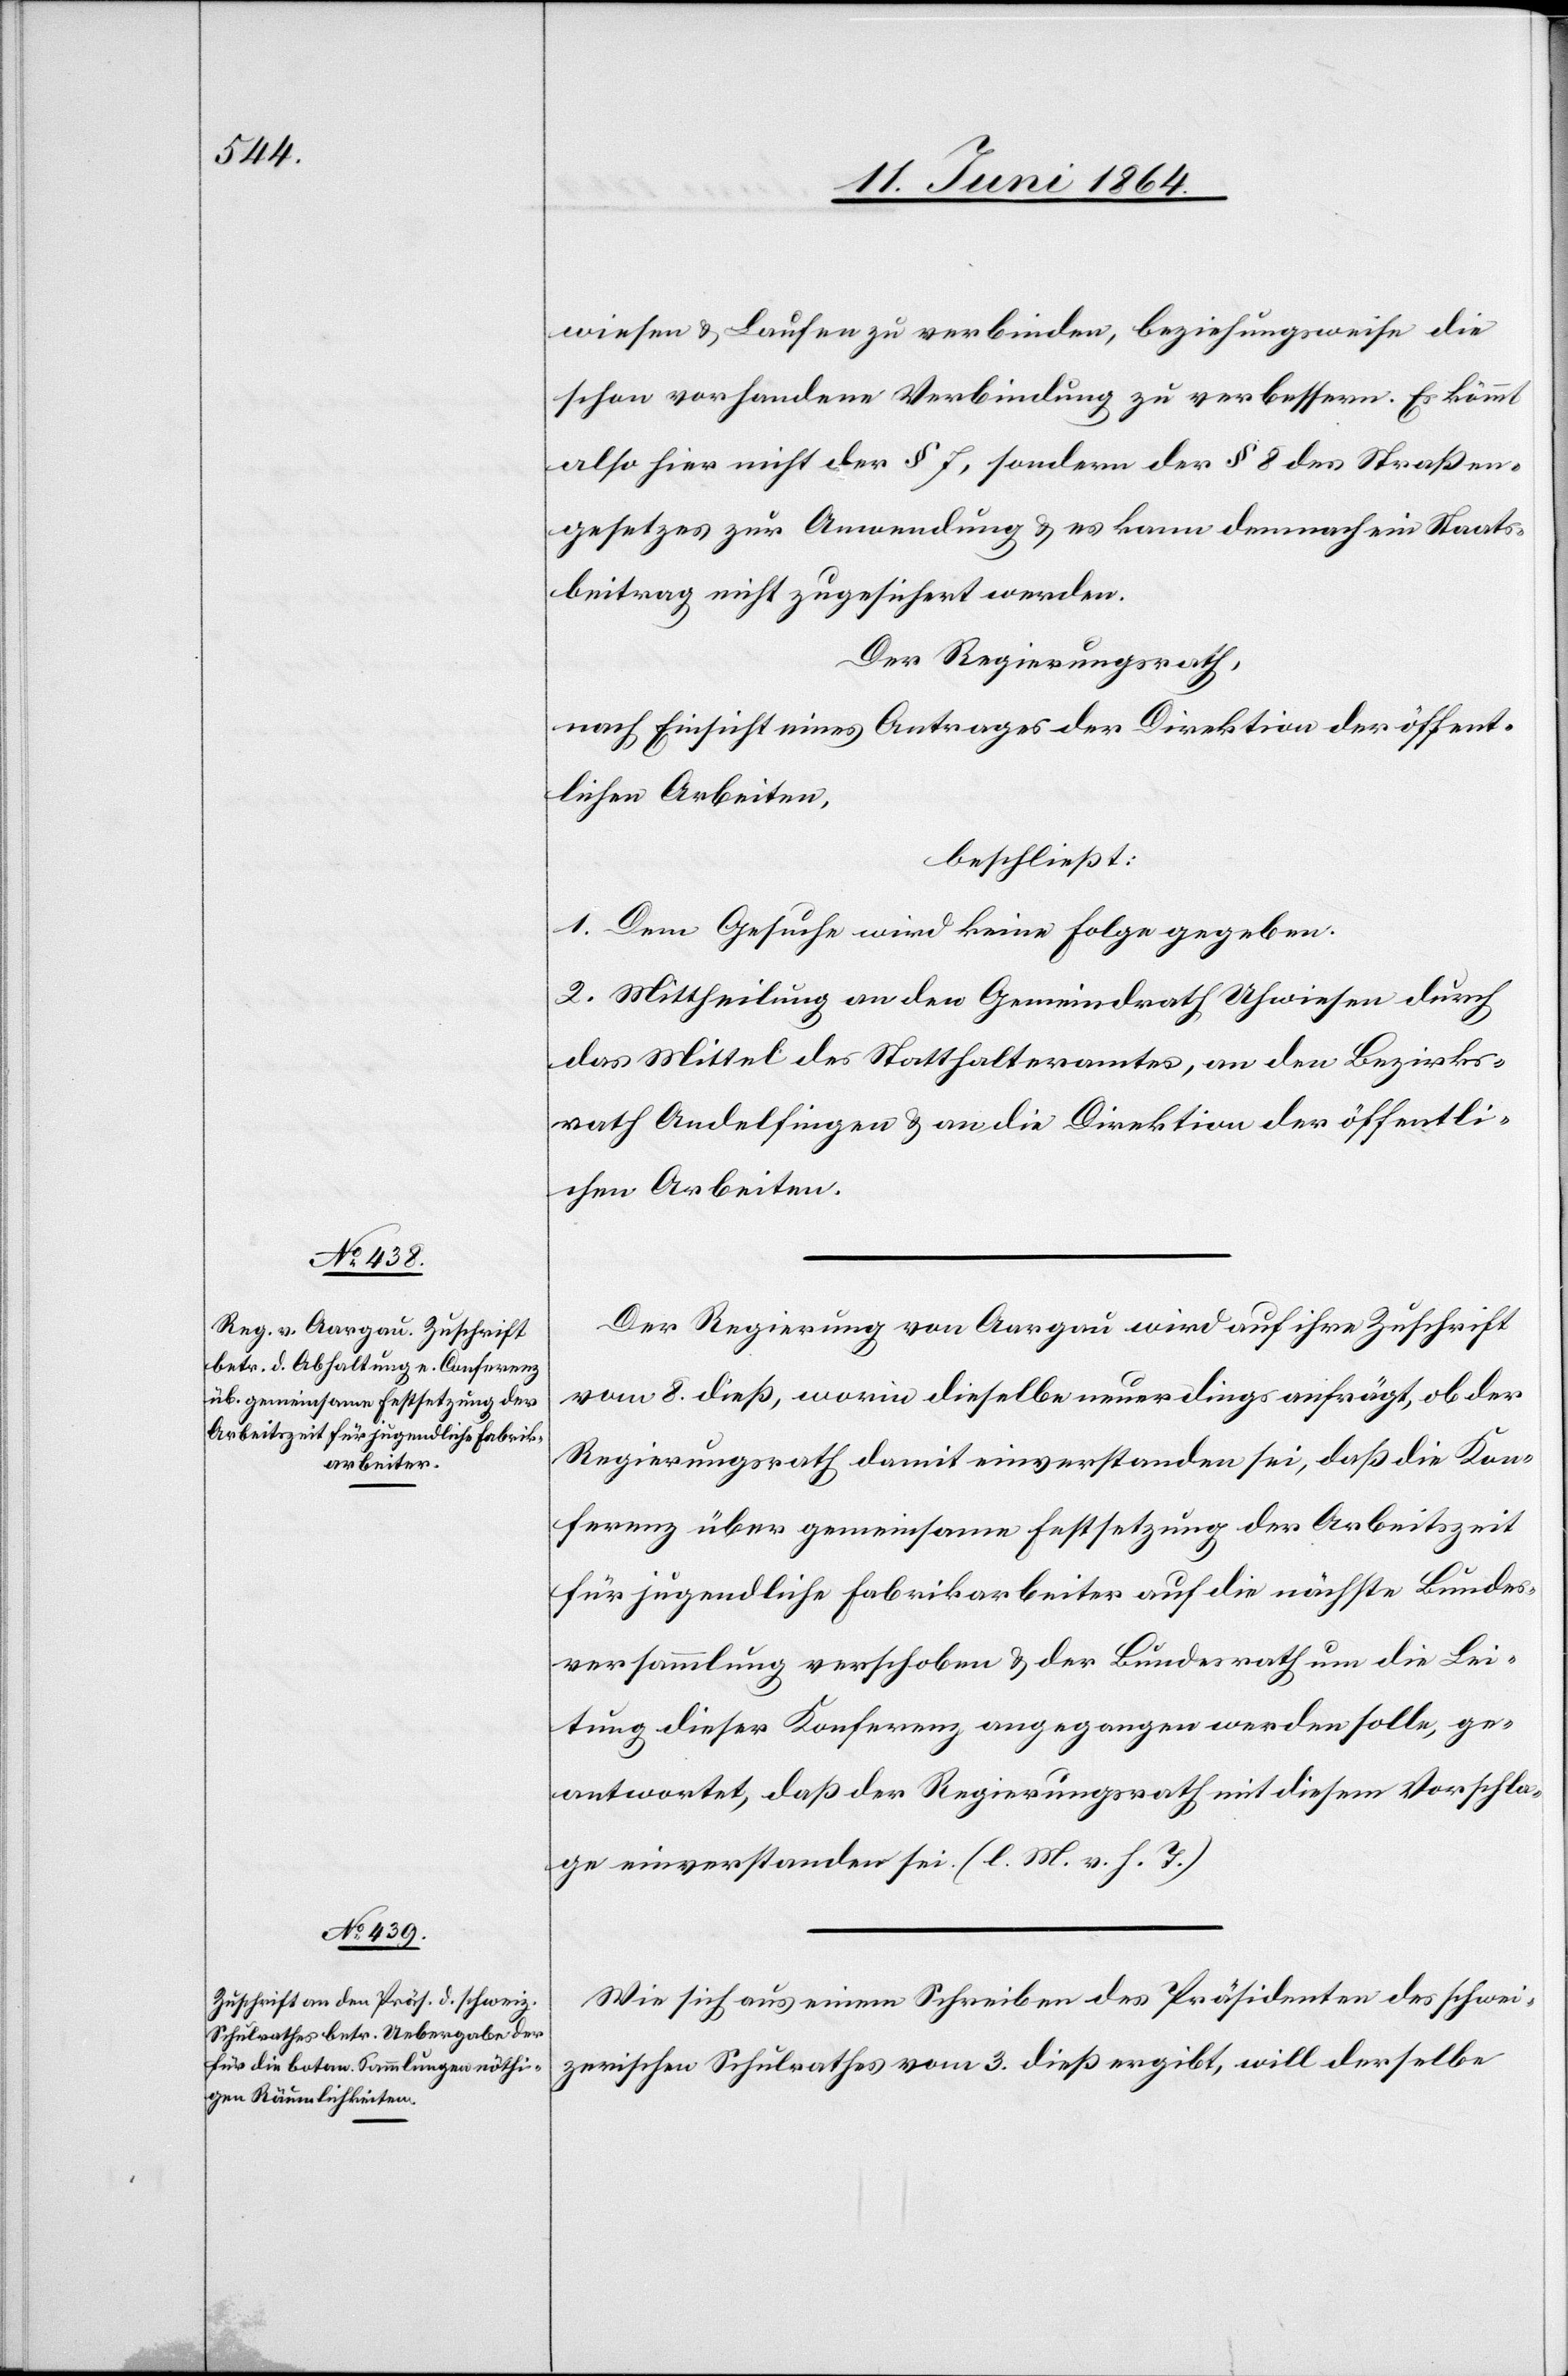
wiesen u. Laufen zu verbinden, beziehungsweise die
schon vorhandene Verbindung zu verbessern. Es kömmt
also hier nicht der § 7, sondern der § 8 des Straßen¬
gesetzes zur Anwendung u. es kann demnach ein Staats¬
beitrag nicht zugesichert werden.
Der Regierungsrath,
nach Einsicht eines Antrages der Direktion der öffent¬
lichen Arbeiten,
beschließt:
1. Dem Gesuche wird keine Folge gegeben.
2. Mittheilung an den Gemeindrath Uhwiesen durch
das Mittel des Statthalteramtes, an den Bezirks¬
rath Andelfingen u. an die Direktion der öffentli¬
chen Arbeiten.
Der Regierung von Aargau wird auf ihre Zuschrift
vom 8. dieß, worin dieselbe neuerdings anfrägt, ob der
Regierungsrath damit einverstanden sei, daß die Kon¬
ferenz über gemeinsame Festsetzung der Arbeitszeit
für jugendliche Fabrikarbeiter auf die nächste Bundes¬
versammlung verschoben u. der Bundesrath um die Lei¬
tung dieser Konferenz angegangen werden solle, ge¬
antwortet, daß der Regierungsrath mit diesem Vorschla¬
ge einverstanden sei. (l. M. v. h. T.)
Wie sich aus einem Schreiben des Präsidenten des schwei¬
zerischen Schulrathes vom 3. dieß ergibt, will derselbe